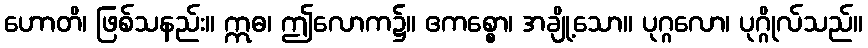
ဟောတိ၊ ဖြစ်သနည်း။ ဣဓ၊ ဤလောက၌။ ဧကစ္စော၊ အချို့သော။ ပုဂ္ဂလော၊ ပုဂ္ဂိုလ်သည်။